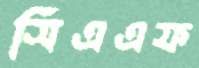
সিএএফ